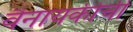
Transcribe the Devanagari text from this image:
वैनायकीची